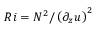
R i = N ^ { 2 } / \left( \partial _ { z } u \right) ^ { 2 }